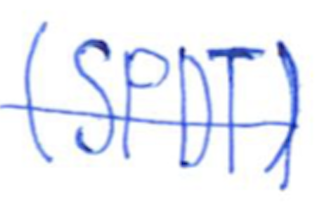
Text: (SPDT)
Cross-out: single-line
Writing tool: ballpoint